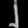
Digit: ၂